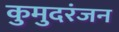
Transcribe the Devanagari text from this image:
कुमुदरंजन